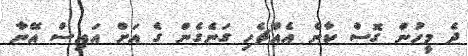
ދެ މީހުން ގޮސް ކާނެ އެއްޗެހި ގަނެގެން ގެ އަށް އައިސް އޭނާ